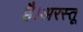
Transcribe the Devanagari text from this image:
है।अरस्तू